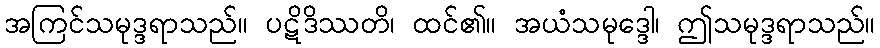
အကြင်သမုဒ္ဒရာသည်။ ပဋိဒိဿတိ၊ ထင်၏။ အယံသမုဒ္ဒေါ၊ ဤသမုဒ္ဒရာသည်။